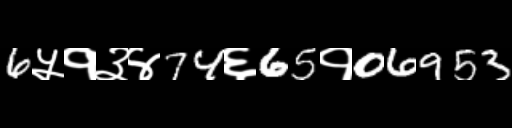
Text: 6५१३४74६65१06953